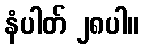
နံပါတ် ၂၈ပါ။